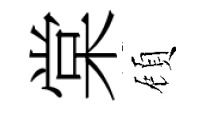
棠頋